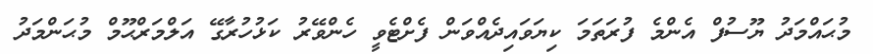
މުޙައްމަދު ޔޫސުފް އެންމެ ފުރަތަމަ ކިޔަވައިދެއްވަން ފެށްޓެވީ ހެންވޭރު ކަޅުހުރާގޭ އަލްމަރްޙޫމް މުޙަންމަދު